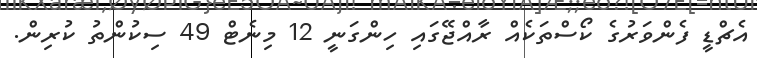
އެޗްޑީ ފެންވަރުގެ ކޯސްތަކެއް ރާއްޖޭގައި ހިންގަނީ 12 މިނެޓް 49 ސިކުންތު ކުރިން.